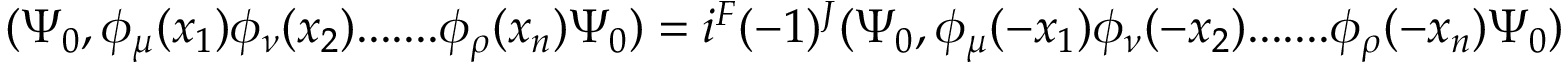
( \Psi _ { 0 } , \phi _ { \mu } ( x _ { 1 } ) \phi _ { \nu } ( x _ { 2 } ) . . . . . . . \phi _ { \rho } ( x _ { n } ) \Psi _ { 0 } ) = i ^ { F } ( - 1 ) ^ { J } ( \Psi _ { 0 } , \phi _ { \mu } ( - x _ { 1 } ) \phi _ { \nu } ( - x _ { 2 } ) . . . . . . . \phi _ { \rho } ( - x _ { n } ) \Psi _ { 0 } )